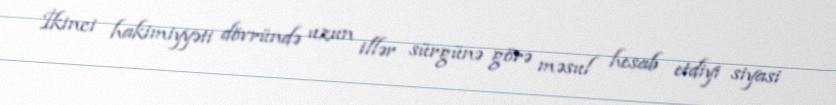
İkinci hakimiyyəti dövründə uzun illər sürgünə görə məsul hesab etdiyi siyasi